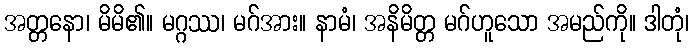
အတ္တနော၊ မိမိ၏။ မဂ္ဂဿ၊ မဂ်အား။ နာမံ၊ အနိမိတ္တ မဂ်ဟူသော အမည်ကို။ ဒါတုံ၊